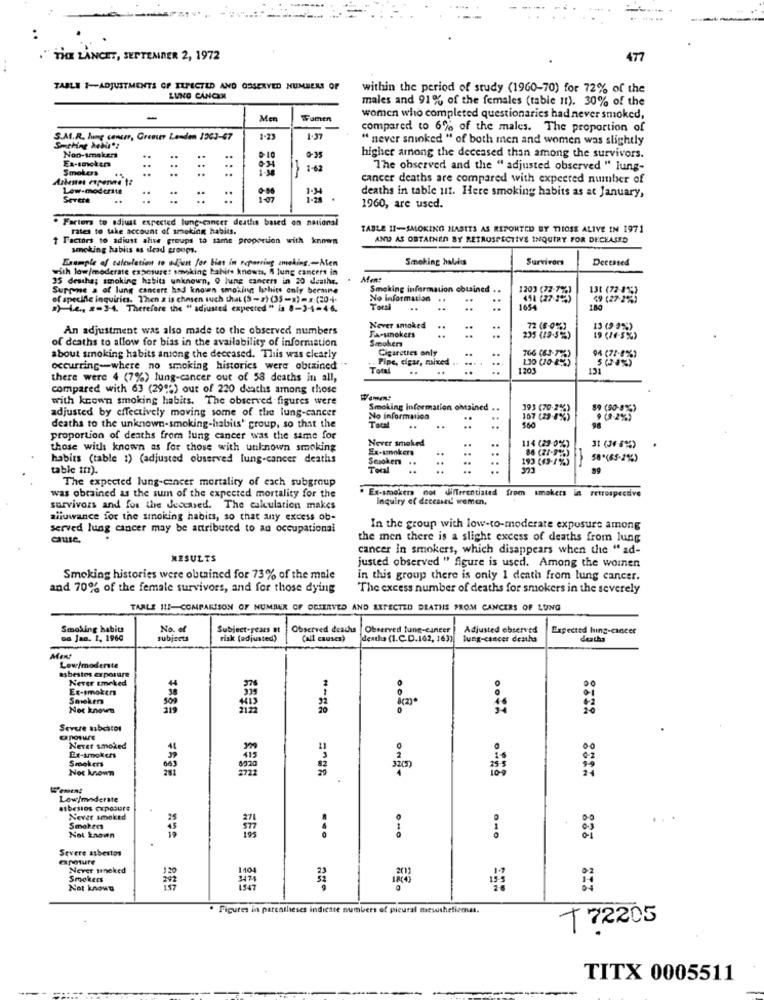
THE LANCET, SEPTEMBER 2, 1972
477
TABLE 1-ADJUSTMENTS OF ILPECTED AND OSSERVED NUMBERS OF
within the period of study (1960-70) for 72% of the
LUNG CANCER
males and 91% of the females (table 11). 30% of the
Men
women who completed questionaries had never smoked,
compared to 6% of the males. The proportion of
S.A.R. hung center, Grenier Lenden 1203-47
1.97
" never sninked " of both men and women was slightly
Smoking habit"?
Non-smokers
Ex-smokena
0-35
higher among the deceased than among the survivors.
Smokers
1-18
1-62
The observed and the " adjusted observed " lung-
cancer deaths are compared with expected number of
Low-moderate
1.44
Severe
: :: ::
: :: ::
: :: : :
: :: ::
1-28
deaths in table ut. Here smoking habits as at January,
1960, are used.
. Factors to adjust expected lung cancer deathis based on national
rates to take account of smoking habits.
TABLE 11-SMOKING HABITS AS REPORTED BY THOSE ALIVE IN 1971
1 Factors to adjust alive groups to tame proportion with known
AND AS OBTAINED BY RETROSPECTIVE INQUIRY FOR DECEASED
smoking habits as dead groups.
Example of calculation to adjust for bias in reporting smoking ,- Aten
Smoking halles
Survivor
Decensed
with low/moderate exposure: smoking habits knowt, A lung cancers in
35 deaths; smoking habits unknown, 0 lung cancers in 20 deaths.
Mont
Surmine s of lung cancers had known smoking lichits only beraine
Smoking information obtained . .
1203 (72-7%)
131 (72-8%)
of specific inquiries. Then z is chosen such that (§-2) (35-x)=x (20-4-
No information ..
..
")4, 2-3-4. Therefore the "adiusted expected " is 8-3-4-46.
Total
1654
An adjustment was also made to the observed numbers
Never smoked
FA-smokers
..
72 (8-0%)
13 (9 9%)
of deaths to allow for bias in the availability of information
Smokers
235 (19-5%)
19 (/4-5%)
Cigaretics only
..
766 (63-7763
94 (71-8%)
about smoking habits among the deceased. This was clearly
Pipe, elgar, mixed ..
5 (8%)
occurring-where no smoking historics were obtained
Total
1203
131
there were 4 (7%) lung-cancer out of 58 deaths in all,
compared with 63 (29"2) out of 220 deaths among those
with known smoking habits. The observed figures were
adjusted by effectively moving some of the lung-cancer
Smoking information obtained
. ..
193 (70-2%)
89 (50-5%)
No information
..
107 (29-8%)
9 (9-2%)
deaths to the unknown-smoking-habits' group, so that the
Total
98
proportion of deaths from lung cancer was the same for
Never smoked
..
114 (29-0%)
those with known as for those with unknown smoking
..
..
86 (27-9%)
habits (table 1) (adjusted observed lung-cancer deaths
Sasokers ..
..
199 (49-1%)
58"(65-2%)
table tur).
Total
The expected lung-cancer mortality of each subgroup
. Ex-smokers not differentiated from smokers in retrospective
was obrained as the sum of the expected mortality for the
Inquiry of deceased' women,
survivors and for the descared. The calculation makes
allowance for the smoking habits, so that any excess ob-
served lung cancer may be attributed to an occupational
In the group with low-to-moderate exposure among
cause.
the men there is a slight excess of deaths from lung
cancer in smokers, which disappears when the "ad-
RESULTS
justed observed " figure is used. Among the women
Smoking histories were obtained for 73% of the male
in this group there is only 1 death from lung cancer.
and 70% of the female survivors, and for those dying
The excess number of deaths for smokers in the severely
TARLE 11-COMPARISON OF NUMBER OF OBSERVED AND EXPECTED DEATHS PROM CANCERS OF LUNG
Smoking habits
No. el
Subject-years st
Observed deaths
Observed tung-cancer
Adjusted observed
Expected hing-cancer
Da Jan. 1. 1960
subjects
risk (adjusted)
Call causes)
dentha (1.C.D.162, 163)
lung-cancer desha
asbestos exposure
Low/moderste
Never smoked
Smoker
900
Not known
...
Severe asbestos
Never smoked
Ex-smokeh
Smokers
Not known
.
Low/moderate
asbestos exposure
Never smoked
..
Smokers
Not known
FES
Severe asbestos
Never stneked
120
Smokers
292
3474
Not known
157
ithe
. Figures in parentheses indicate numbers of picural mesotheliomas.
T 72205
TITX 0005511